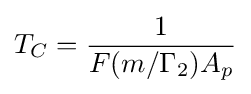
T_{C}={1 \over {F(m/\Gamma _{2})A_{p}}}